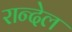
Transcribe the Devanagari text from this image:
रान्देल